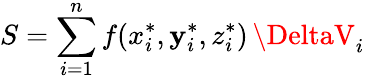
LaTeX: S=\sum_{i=1}^{n}f(x_{i}^{*},\mathbf{y}_{i}^{*},z_{i}^{*})\, \DeltaV_{i}